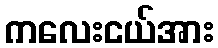
ကလေးငယ်အား